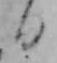
日